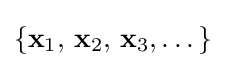
\{\mathbf {x} _{1},\,\mathbf {x} _{2},\,\mathbf {x} _{3},\dots \}